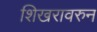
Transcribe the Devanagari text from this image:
शिखरावरुन